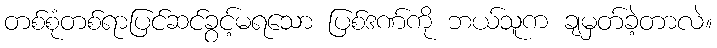
တစ်စုံတစ်ရာပြင်ဆင်ခွင့်မရသော ပြစ်ဒဏ်ကို ဘယ်သူက ချမှတ်ခဲ့တာလဲ။